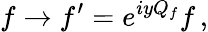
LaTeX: f\rightarrow{f}^{\prime}=e^{iyQ_{f}}f\, ,